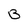
Character: B